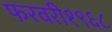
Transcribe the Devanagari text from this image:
फरवरी१९६८